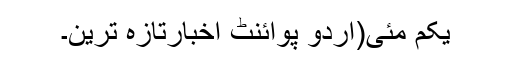
یکم مئی(اُردو پوائنٹ اخبارتازہ ترین۔